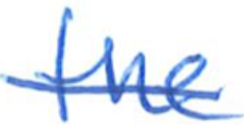
Text: the
Cross-out: single-line
Writing tool: ballpoint